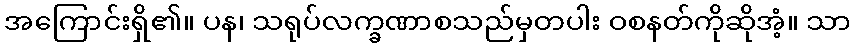
အကြောင်းရှိ၏။ ပန၊ သရုပ်လက္ခဏာစသည်မှတပါး ဝစနတ်ကိုဆိုအံ့။ သာ